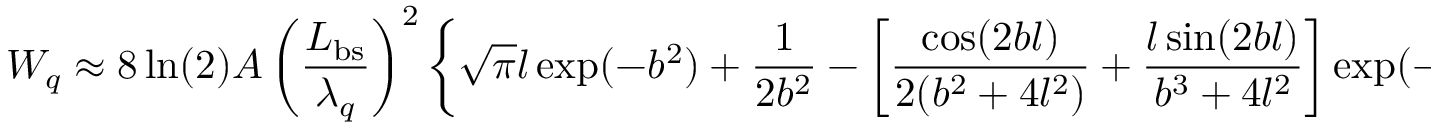
W _ { q } \approx 8 \ln ( 2 ) A \left( \frac { L _ { \mathrm { b s } } } { \lambda _ { q } } \right) ^ { 2 } \left\{ \sqrt { \pi } l \exp ( - b ^ { 2 } ) + \frac { 1 } { 2 b ^ { 2 } } - \left[ \frac { \cos ( 2 b l ) } { 2 ( b ^ { 2 } + 4 l ^ { 2 } ) } + \frac { l \sin ( 2 b l ) } { b ^ { 3 } + 4 l ^ { 2 } } \right] \exp ( - l ^ { 2 } ) \right\} \, .